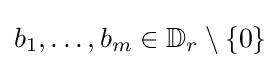
b_{1},\ldots ,b_{m}\in \mathbb {D} _{r}\setminus \{0\}